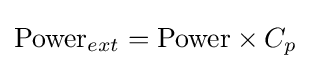
\mathrm {Power} _{ext}=\mathrm {Power} \times C_{p}